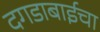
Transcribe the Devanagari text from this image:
दगडाबाईचा